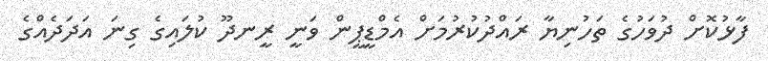
ފާޅުކޮށް ދުވަހުގެ ތަހުނިޔާ ރައްދުކުރުމަށް އެމްޑީޕީން ވަނީ ރީނދޫ ކުލައިގެ ގިނަ އަދަދެއްގެ